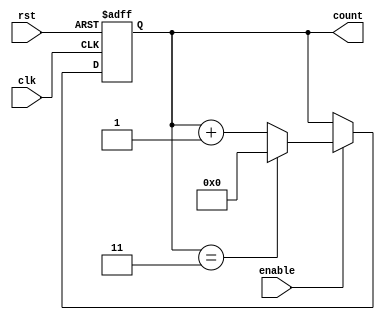
module ModuloN_UpCounter(
    input wire clk,
    input wire rst,
    input wire enable,
    output reg [N-1:0] count
);

parameter N = 4; // Define the maximum count value

always @(posedge clk or posedge rst) begin
    if (rst) begin
        count <= 0;
    end else if (enable) begin
        if (count == N-1) begin
            count <= 0;
        end else begin
            count <= count + 1;
        end
    end
end

endmodule